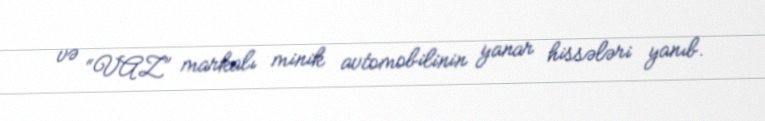
və “VAZ” markalı minik avtomobilinin yanar hissələri yanıb.